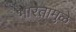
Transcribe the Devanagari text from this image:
भारतामुळे